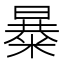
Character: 𱹖